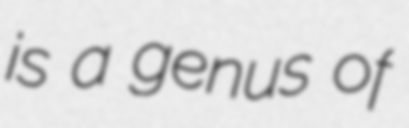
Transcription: is a genus of